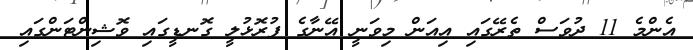
އެންމެ 11 ދުވަސް ތެރޭގައި އިއަން މިވަނީ އޭނާގެ ފުރޮޅުލީ ގޮނޑީގައި ވޮޝިންޓަންގައި